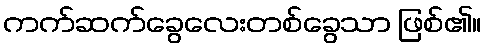
ကက်ဆက်ခွေလေးတစ်ခွေသာ ဖြစ်၏။